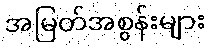
အမြတ်အစွန်းများ